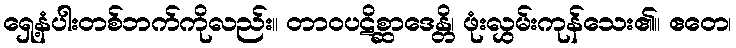
ရှေ့နံပါးတစ်ဘက်ကိုလည်း။ တာဝပဋိစ္ဆာဒေန္တိ၊ ဖုံးလွှမ်းကုန်သေး၏။ ဧတေ၊